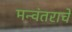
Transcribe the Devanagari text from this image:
मन्वंतराचे